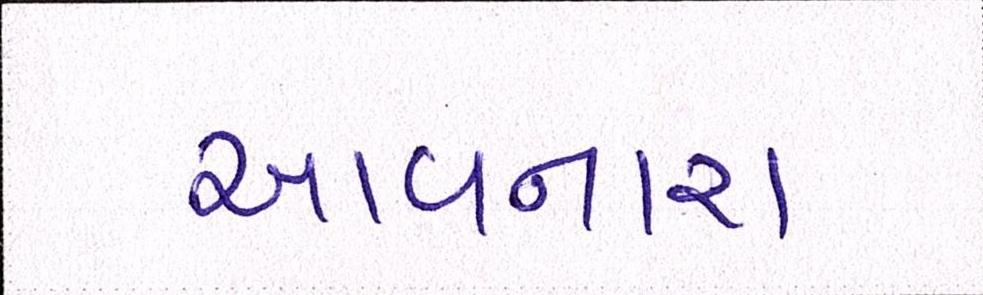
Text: આવનારા